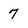
Character: 7